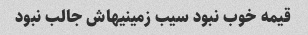
قیمه خوب نبود سیب زمینیهاش جالب نبود